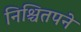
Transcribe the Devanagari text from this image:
निश्चितपने